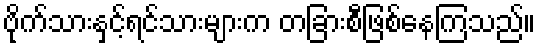
ဗိုက်သားနှင့်ရင်သားများက တခြားစီဖြစ်နေကြသည်။